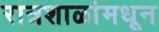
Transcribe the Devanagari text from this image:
रात्रशाळांमधून